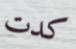
كدت